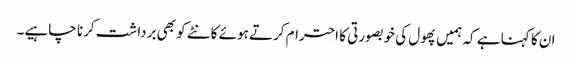
ان کا کہنا ہے کہ ہمیں پھول کی خوبصورتی کا احترام کرتے ہوئے کانٹے کو بھی برداشت کرنا چاہیے۔